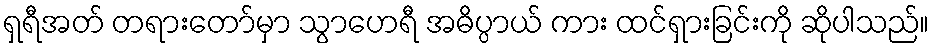
ရှရီအတ် တရားတော်မှာ သွာဟေရီ အဓိပ္ပာယ် ကား ထင်ရှားခြင်းကို ဆိုပါသည်။